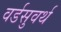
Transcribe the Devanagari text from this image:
वर्डसुवर्थ